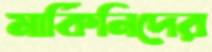
মার্কিনিদের